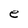
Character: e